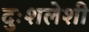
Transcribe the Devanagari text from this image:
दुःशलेशी